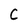
Character: C